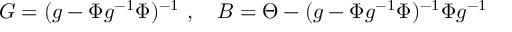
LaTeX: G = ( g - \Phi g ^ { - 1 } \Phi ) ^ { - 1 } \ , \quad B = \Theta - ( g - \Phi g ^ { - 1 } \Phi ) ^ { - 1 } \Phi g ^ { - 1 }